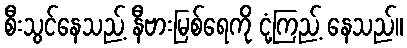
စီးသွင်နေသည့် နီဗားမြစ်ရေကို ငုံ့ကြည့် နေသည်။